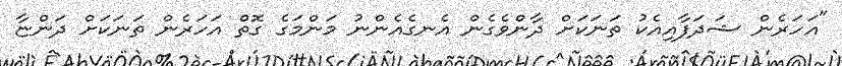
"އަހަރެން ޝަދަފާއިއެކު ތަނަކަށް ދާންވެގެން އެނގެއެންނު މަންމަގެ ގޮތް އަހަރެން ތަނަކަށް ދަންޏާ